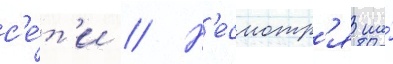
с'е́т'и // Н'есмотр'я на́